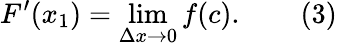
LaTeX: F^{\prime}(x_{1})=\operatorname*{lim}_{\Delta x\to 0}f(c).\qquad(3)